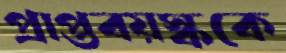
প্রাপ্তবয়স্ককে